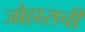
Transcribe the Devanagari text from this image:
जोहाराची